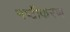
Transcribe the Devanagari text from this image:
नष्टीकरण